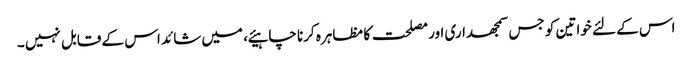
اس کے لئے خواتین کو جس سمجھداری اور مصلحت کا مظاہرہ کرنا چاہیئے ، میں شائد اس کے قابل نہیں ۔